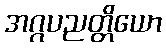
အဂ္ဂပညတ္တိယော